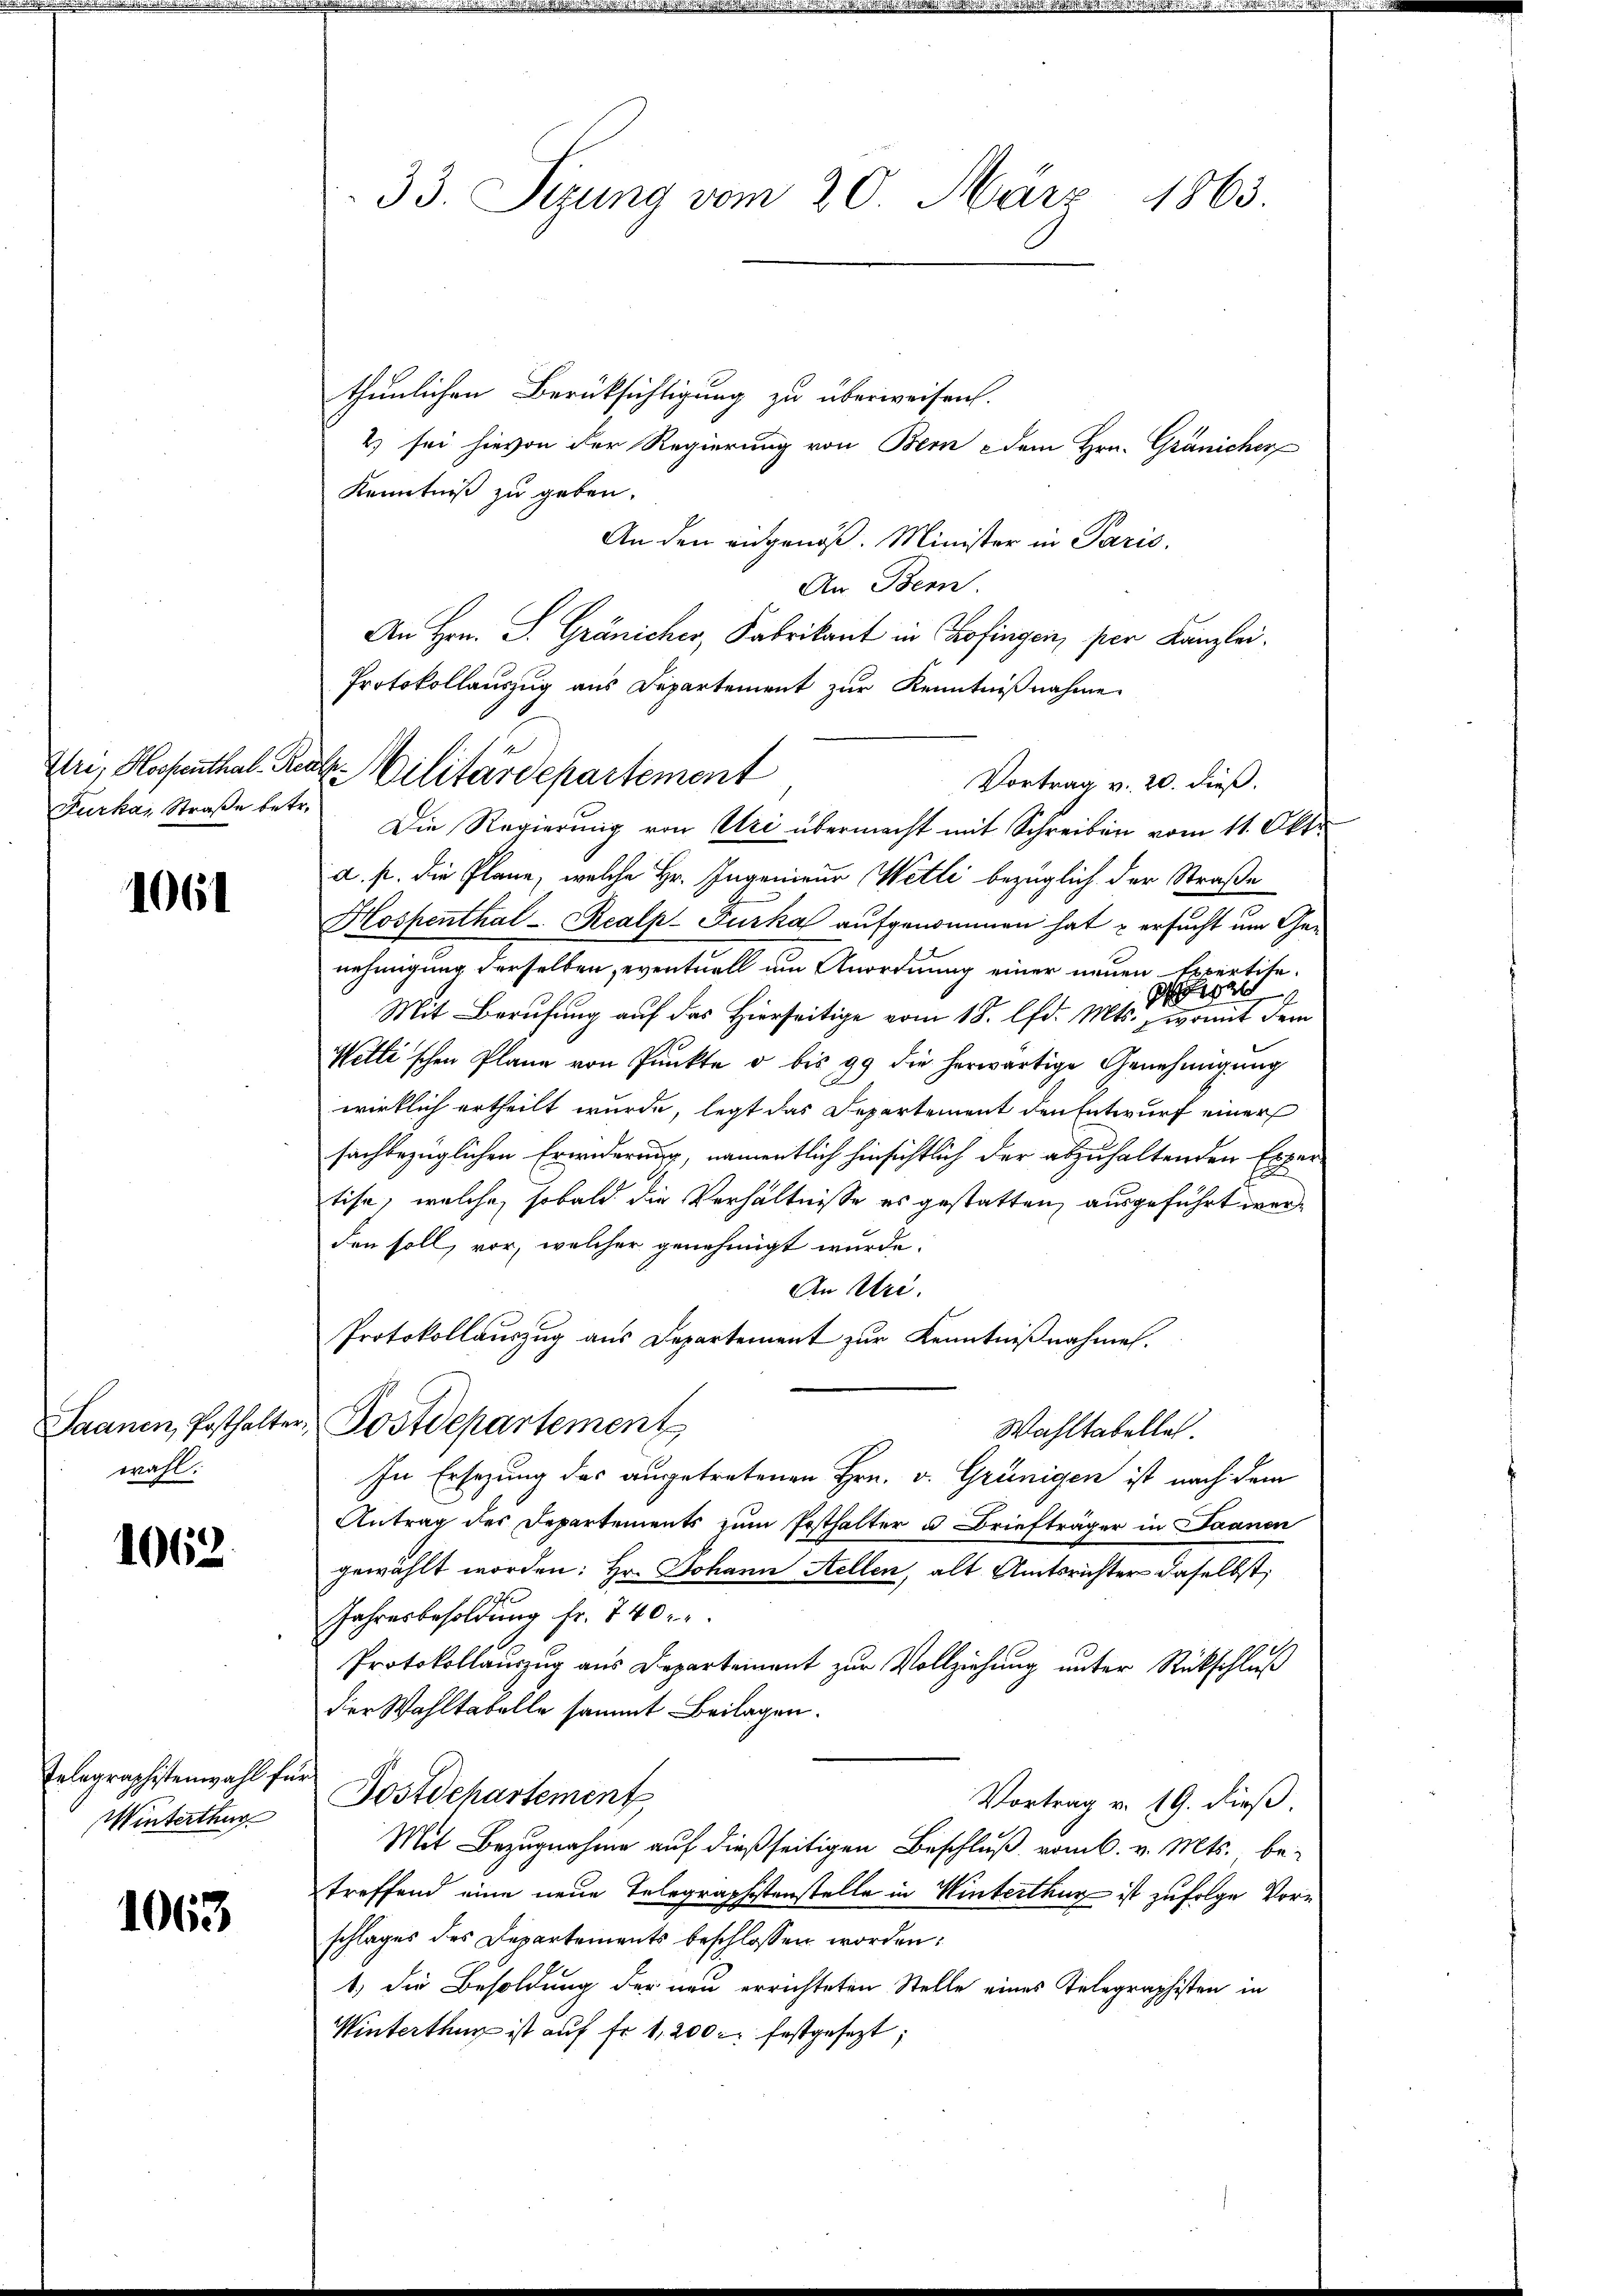
Furka, Straße betr.

1061

wahl:

1062.

Telegraphistenwahl für
Winterthur

1063

33. Sizung vom 20. März 1863.

thunlichen Berüksichtigung zu überweisen.
2) sei hievon der Regierung von Bern & dem Hrn. Gränicher
Kenntniß zu geben.
An den eidgenöß. Minister in Paris,
An Bern.
An Hrn. S. Gränicher, Fabrikant in Kofingen, per Kanzlei.
Protokollauszug aus Departement zur Kenntnißnahme
Vortrag v. 20. dieß.
Die Regierung von Uri übermacht mit Schreiben vom 11. Okto
d. s. die Plane, welche Hr. Ingenieur Wette bezüglich der Straße
Hospenthal-Realp. Furka aufgenommen hat u ersucht um Genehmigung derselben, eventuell um Anordnung einer neuen Expertite-
e
Mit Berufung auf das Hierseitige vom 18. lfd. Mts., womit dem
Wettischen Plane von Pŭnkte u. bis 99 die herwärtige Genehmigung
wirklich ertheilt wurde, legt das Departement den Entwurf einer
sachbezüglichen Erwiderung, namentlich hinsichtlich der abzuhaltenden Exper
tise, welche, sobald die Verhältnisse es gestatten, ausgeführt werden soll, vor, welcher genehmigt wurde.
An Uri.
Protokollauszug aus Departement zur Kenntnißnahmen.
Saanen, Posthalter, Postdepartement
Wahltabelle
In Ersezung des angetretenen Hrn. v. Grünigen ist nach dem
Antrag der Departements zum Posthalter u Briefträger in Saanen
gewählt worden: Hr. Johann Stellen, alt Amtsrichter daselbst,
Jahresbesoldung fr. 740 x
Protokollauszug aus Departement zur Vollziehung unter Rückschluß
der Wahltabelle sammt Beilagen.
Fostdchartement
Vortrag v. 19. dieß.
Mit Bezugnahme auf dießseitigen Beschluß vom 6. v. Mts. be-
treffend eine neue Telegraphistenstelle in Winterthur ist zufolge Vorschlages des Departements beschlossen worden:
1) die Besoldung der neu errichteten Stelle eines Telegraphisten in
Winterthun ist auf fr. 1,200 festgesezt;

Itr, Hochenthal Reale Militärdepartement